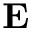
\textbf { E }